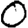
Digit: 0